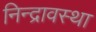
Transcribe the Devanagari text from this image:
निन्द्रावस्था